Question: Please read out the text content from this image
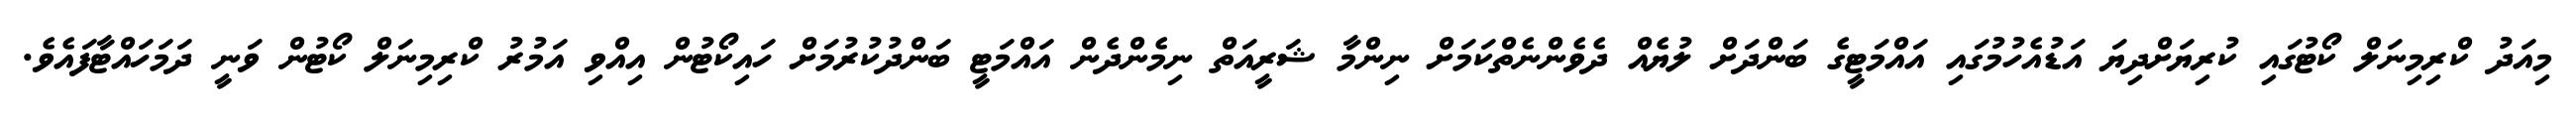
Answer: މިއަދު ކްރިމިނަލް ކޯޓުގައި ކުރިޔަށްދިޔަ އަޑުއެހުމުގައި އައްމަޓީގެ ބަންދަށް ލުޔެއް ދެވެންނެތްކަމަށް ނިންމާ ޝަރީއަތް ނިމެންދެން އައްމަޓީ ބަންދުކުރުމަށް ހައިކޯޓުން އިއްވި އަމުރު ކްރިމިނަލް ކޯޓުން ވަނީ ދަމަހައްޓާފައެވެ.